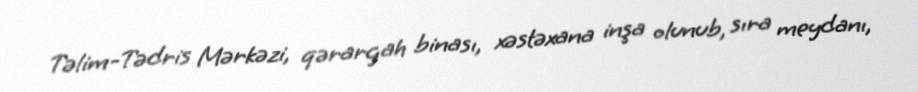
Təlim-Tədris Mərkəzi, qərargah binası, xəstəxana inşa olunub, sıra meydanı,